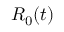
R _ { 0 } ( t )